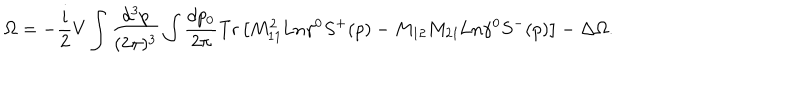
\Omega = - \frac i 2 V \int \frac { d ^ { 3 } p } { ( 2 \pi ) ^ { 3 } } \int \frac { d p _ { 0 } } { 2 \pi } \mathrm { T r } \left[ M _ { 1 1 } ^ { 2 } \mathrm { L n } \gamma ^ { 0 } S ^ { + } ( p ) - M _ { 1 2 } M _ { 2 1 } \mathrm { L n } \gamma ^ { 0 } S ^ { - } ( p ) \right] - \Delta \Omega .